Indian journal of veterinary science and animal husbandry - Volumes 18-21, 1948-1951
Year: 1948
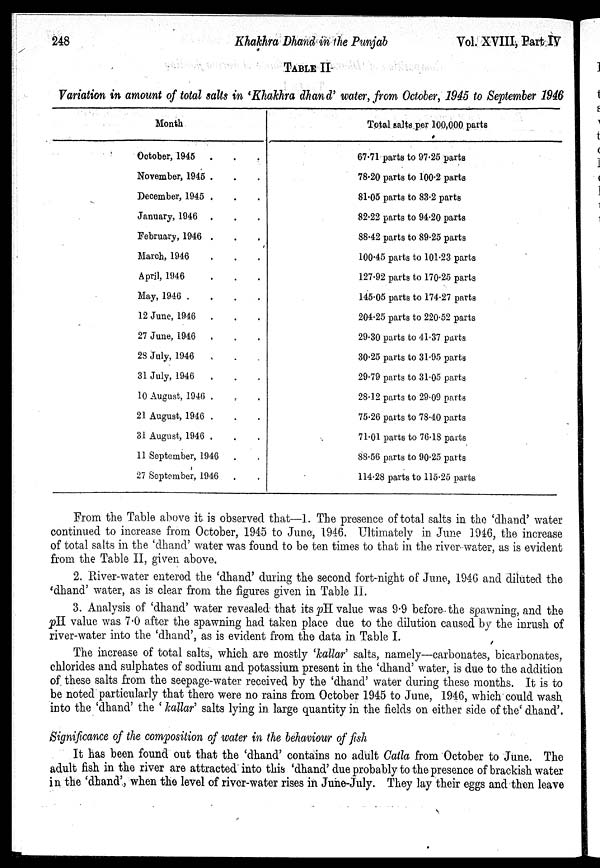
248
Khakhra
Dhand in the Punjab
Vol. XVIII, Part IV
TABLE II
Variation in amount of total salts in 'Khakhra dhand' water, from October, 1945 to September 1946
Month
October, 1945 . . .
November, 1945. . .
December, 1945 . . .
January, 1946 . . .
February, 1946 . . .
March, 1946. . .
April, 1946 . . .
May, 1946
.
.
.
12 June, 1946 . . .
27 June, 1946 . . .
28 July, 1946 . . .
31 July, 1946 . . .
10 August, 1946 . . .
21 August, 1946. . .
31 August, 1946 . . .
11 September, 1946 . . .
27 September, 1946 . . .
Total salts per 100,000 parts
67.71 parts to 97.25 parts
78.20 parts to 100.2 parts
81.05 parts to 83.2 parts
82.22 parts to 94.20 parts
88.42 parts to 89.25 parts
100.45 parts to 101.23 parts
127.92 parts to 170.25 parts
145.05 parts to 174.27 parts
204.25 parts to 220.52 parts
29.30 parts to 41.37 parts
30.25 parts to 31.95 parts
29.79 parts to 31.05 parts
28.12 parts to 29.09 parts
75.26 parts to 78.40 parts
71.01 parts to 76.18 parts
88.56 parts to 90.25 parts
114.28 parts to 115.25 parts
From the Table above it is observed that—1. The presence of total salts in the 'dhand' water
continued to increase from October, 1945 to June, 1946. Ultimately in June 1946, the increase
of total salts in the 'dhand' water was found to be ten times to that in the river water, as is evident
from the Table II, given above.
2. River-water entered the 'dhand' during the second fort night of June, 1946 and diluted the
'dhand' water, as is clear from the figures given in Table II.
3. Analysis of 'dhand' water revealed that its pH value was 9.9 before the spawning, and the
pH value was 7.0 after the spawning had taken place due to the dilution caused by the inrush of
river-water into the 'dhand', as is evident from the data in Table I.
The increase of total salts, which are mostly 'kallar' salts, namely—carbonates, bicarbonates,
chlorides and sulphates of sodium and potassium present in the 'dhand' water, is due to the addition
of these salts from the seepage-water received by the 'dhand' water during these months. It is to
be noted particularly that there were no rains from October 1945 to June, 1946, which could wash
into the 'dhand' the ' kallar' salts lying in large quantity in the fields on either side of the' dhand'.
Significance of the composition of water in the behaviour of fish
It has been found out that the 'dhand' contains no adult Catla from October to June. The
adult fish in the river are attracted into this 'dhand' due probably to the presence of brackish water
in the 'dhand', when the level of river-water rises in June-July. They lay their eggs and then leave